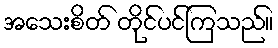
အသေးစိတ် တိုင်ပင်ကြသည်။